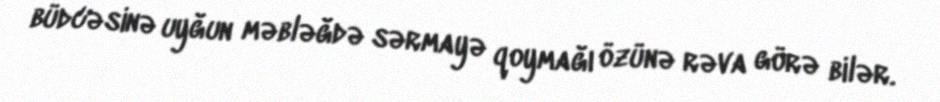
büdcəsinə uyğun məbləğdə sərmayə qoymağı özünə rəva görə bilər.